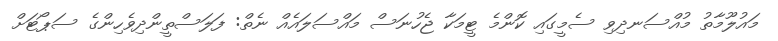
މައުލޫމާތު މުއްސަނދިވި ސެމީގައި ކޮންމެ ޓީމަކާ ޖެހުނަސް މައްސަލައެއް ނެތް: ފަލަސްތީންދިވެހިންގެ ސަޕޯޓަށް